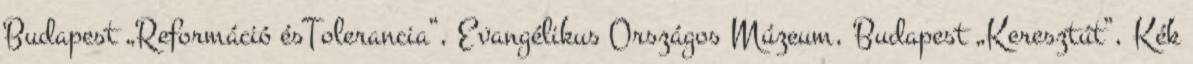
Budapest „Reformáció ésTolerancia”, Evangélikus Országos Múzeum, Budapest „Keresztút”, Kék